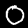
Digit: 0